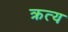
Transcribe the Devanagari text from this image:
क्रत्य